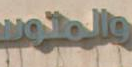
والمتوس